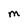
Character: M